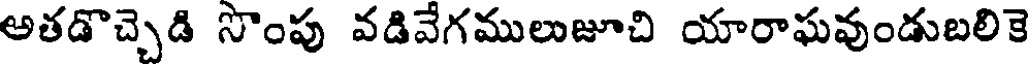
అతడొచ్చెడి సొంపు వడివేగములుజూచి యారాఘవుండుబలికె